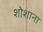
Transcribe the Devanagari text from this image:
शोशाना